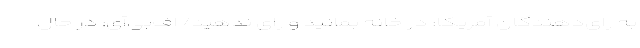
به رای‌دهندگان آمریکا: در خانه بمانید و رای ندهید/ اف‌بی‌آی: در حال